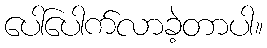
ပေါ်ပေါက်လာခဲ့တာပါ။